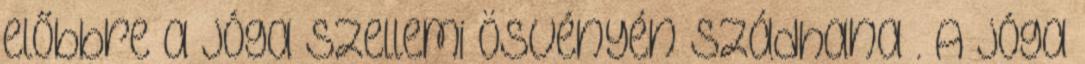
előbbre a jóga szellemi ösvényén szádhana . A jóga